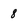
Character: 8